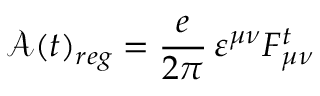
{ \mathcal A } ( t ) _ { r e g } = \frac { e } { 2 \pi } \, \varepsilon ^ { \mu \nu } F _ { \mu \nu } ^ { t }